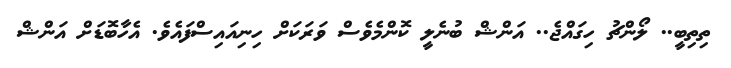
ތިތިބީ.. ލޯންޗު ހިގައްޖެ.. އަންޝް ބުނެލީ ކޮންމެވެސް ވަރަކަށް ހިނިއައިސްފައެވެ. އެހާބޮޑަށް އަންޝް